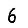
Digit: 6